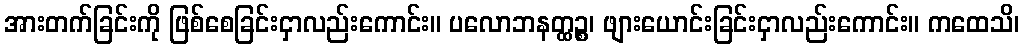
အားတက်ခြင်းကို ဖြစ်စေခြင်းငှာလည်းကောင်း။ ပလောဘနတ္ထဉ္စ၊ ဖျားယောင်းခြင်းငှာလည်းကောင်း။ ကထေသိ၊